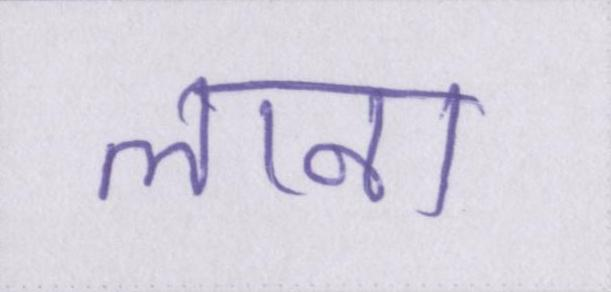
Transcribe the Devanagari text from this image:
लाना